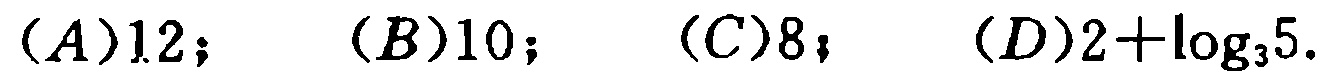
$(A)12；\quad (B)10；\quad (C)8；\quad (D)2+\log_{3}5.$